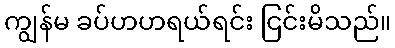
ကျွန်မ ခပ်ဟဟရယ်ရင်း ငြင်းမိသည်။